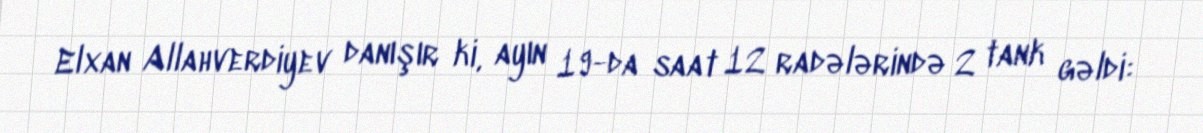
Elxan Allahverdiyev danışır ki, ayın 19-da saat 12 radələrində 2 tank gəldi: